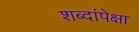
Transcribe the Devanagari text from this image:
शब्दांपेक्षा